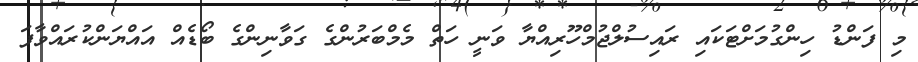
މި ފަންޑު ހިންގުމަށްޓަކައި ރައިސުލްޖުމްހޫރިއްޔާ ވަނީ ހަތް މެމްބަރުންގެ ގަވާނިންގެ ބޯޑެއް އައްޔަންކުރައްވާފަ